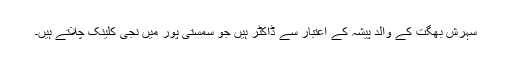
سہرش بھگت کے والد پیشہ کے اعتبار سے ڈاکٹر ہیں جو سمستی پور میں نجی کلینک چلاتے ہیں۔